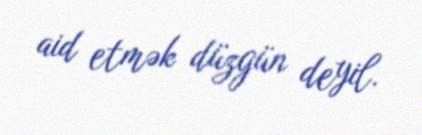
aid etmək düzgün deyil.